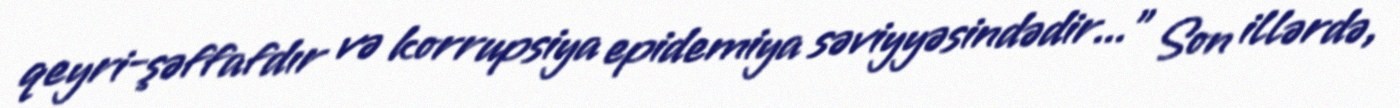
qeyri-şəffafdır və korrupsiya epidemiya səviyyəsindədir..." Son illərdə,